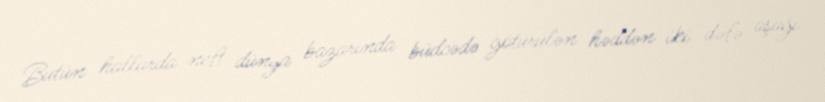
Bütün hallarda neft dünya bazarında büdcədə götürülən həddən iki dəfə aşağı